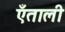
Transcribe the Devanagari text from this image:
एँताली